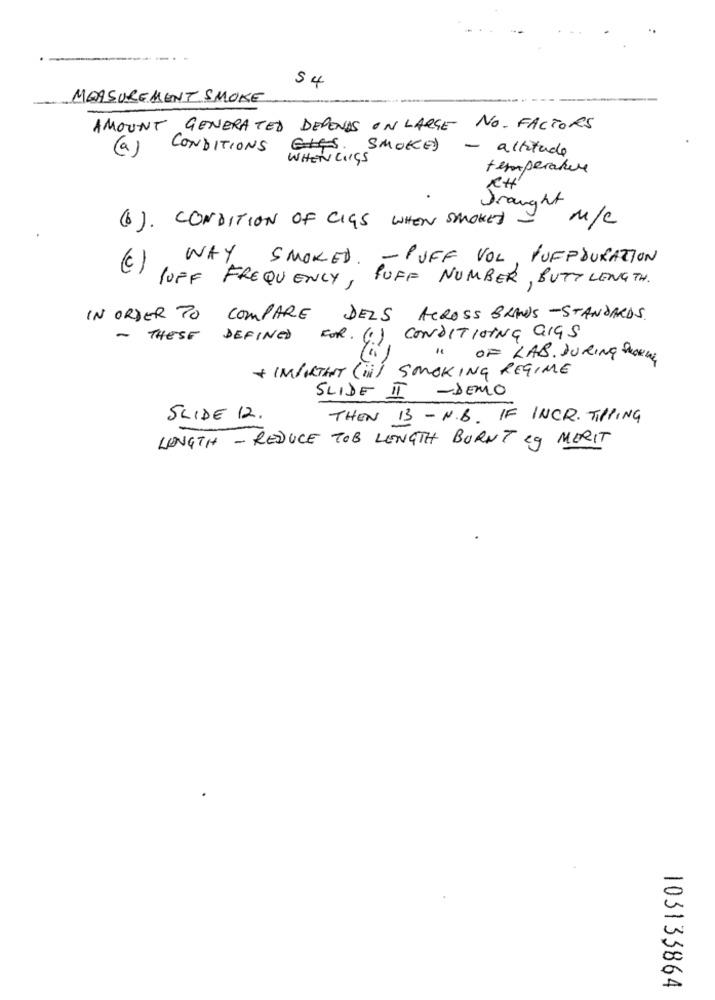
54
MEASUREMENT SMOKE
AMOUNT GENERATED DEPENDS ON LARGE NO. FACTORS
CONDITIONS
ELES. SMOKED
- altitude
WHEN LUISS
temperature
CH
Drought
M/C
(6). CONDITION OF CIGS WHEN SMOKED
WAY
SMOKED. - PUFF VOL, PUFFDURATION
(C) JUFF FREQUENCY, PUFF NUMBER, BUTT LENGTH.
IN ORDER TO COMPARE DELS ACROSS BRANS -STANDARDS.
- THESE DEFINED FOR. (1) CONDITIONING GIGS
" OF LAB. DURING SLOVE
SMOKING REGIME
+ IMPORTANT ( ii )
SLIDE II -DEMO
SLIDE 12.
THEN 13 - N.B. IF INCR. TIPPING
LENGTH - REDUCE TOB LENGTH BURNT eg MERIT
103133864